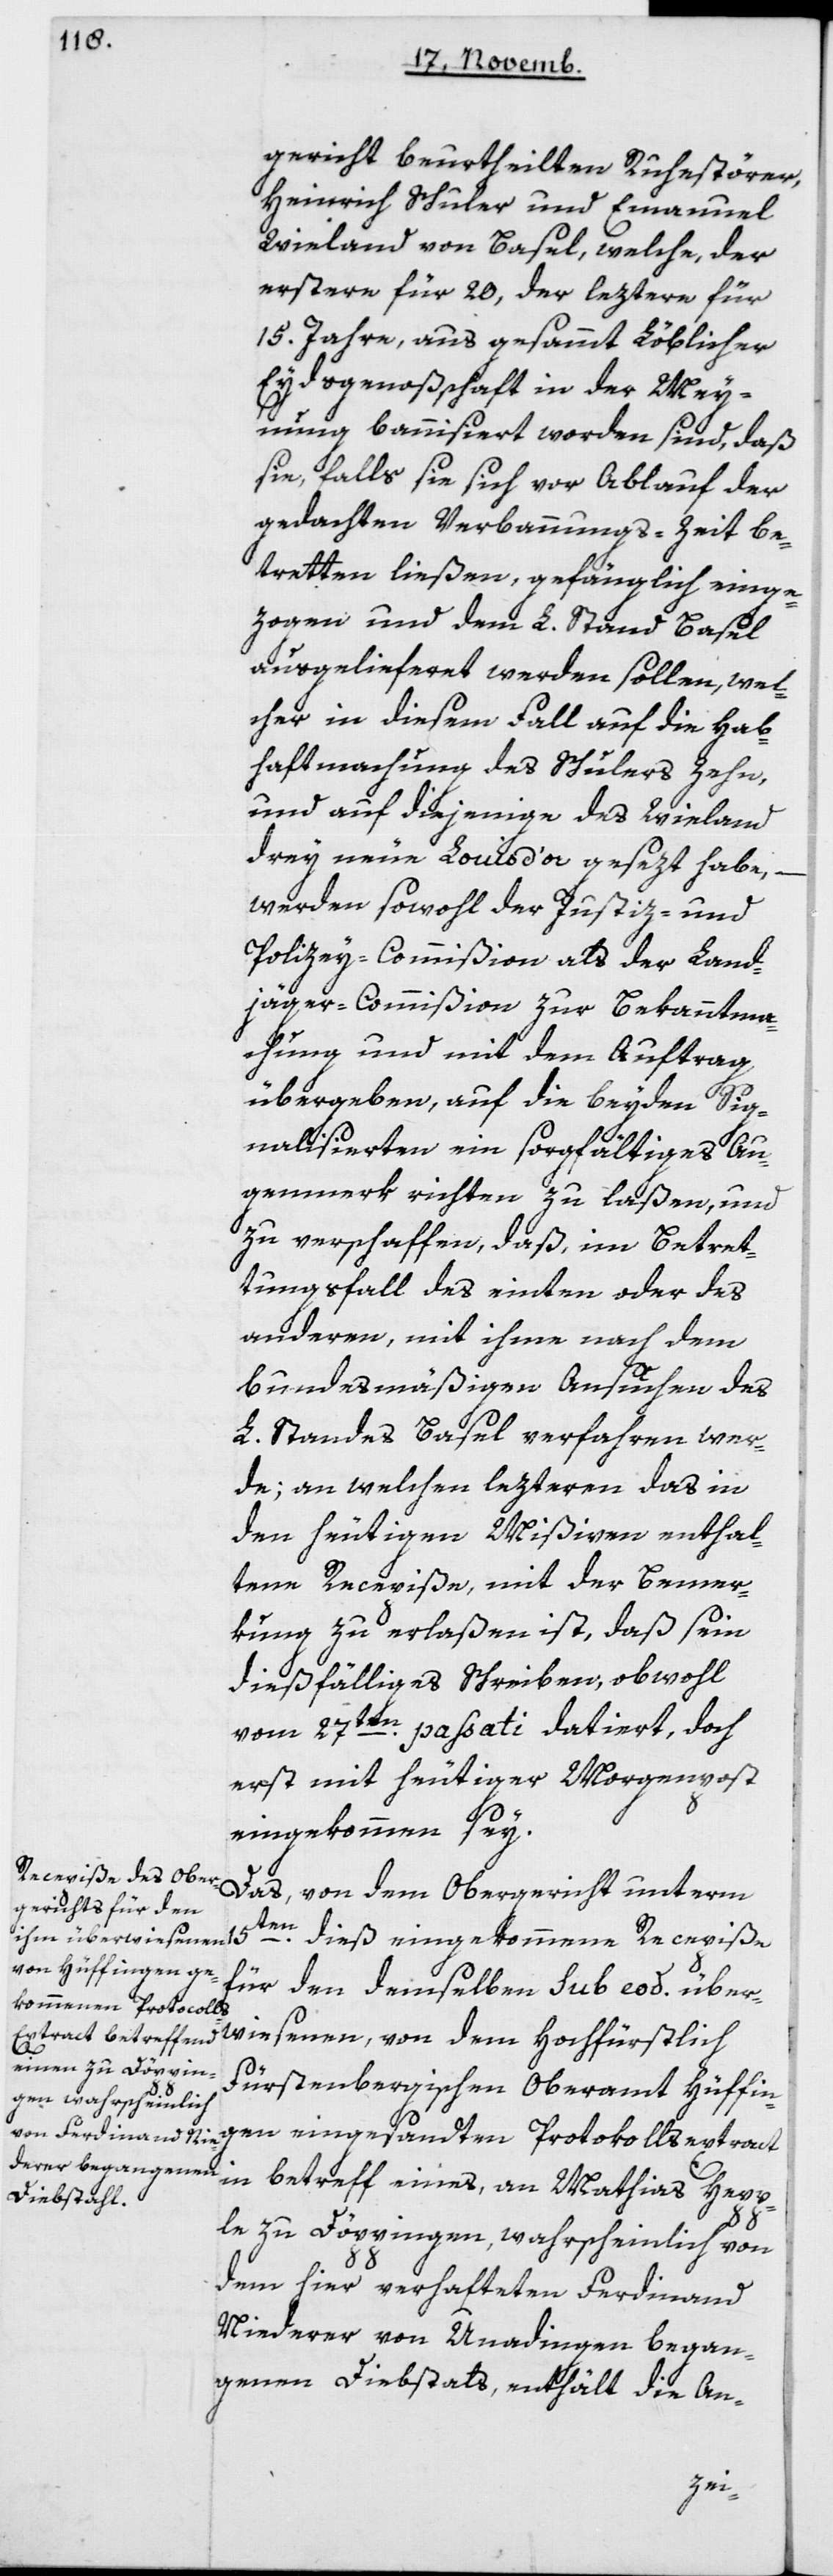
gericht beurtheilten Ruhestörer,
Heinrich Schuler und Emanuel
Wieland von Basel, welche, der
erstere für 20, der leztere für
15 Jahre aus gesammt Löblicher
Eydsgenoßenschaft in der Mey¬
nung bannisiert worden sind, daß
sie, falls sie sich vor Ablauf der
gedachten Verbannungs-Zeit be¬
tretten ließen, gefänglich einge¬
zogen und dem L. Stand Basel
ausgelieferet werden sollen, wel¬
cher in diesem Fall auf die Hab¬
haftmachung des Schulers zehn,
und auf diejenige des Wieland
drey neue Louis d’or gesezt habe,
werden sowohl der Justiz- und
Polizey-Commißion als der Land¬
jäger-Commißion zur Bekanntma¬
chung und mit dem Auftrag
übergeben, auf die beyden Sig¬
nalisierten ein sorgfältiges Au¬
genmerk richten zu laßen und
zu verschaffen, daß im Betre¬
tungsfall des einten oder des
anderen, mit ihme nach dem
bundesmäßigen Ansuchen des
L. Standes Basel verfahren wer¬
de; an welchen lezteren das in
den heutigen Mißiven enthal¬
tene Recepiße, mit der Bemer¬
kung zu erlaßen ist, daß sein
diesfälliges Schreiben, obwohl
vom 27ten pti datiert, doch
erst mit heutiger Morgenpost
eingekommen sey.
Das von dem Obergericht unterm
15ten dieß eingekommene Recepiße
für den demselben sub eod. über¬
wiesenen, von dem Hochfürstlich
gen
Fürstenbergischen Oberamt Hüffin¬
in betreff eines, an Mathias Hepp¬
le zu Döppingen, wahrscheinlich von
dem hier verhafteten Ferdinand
Niederer von Unadingen began¬
genen Diebstals, enthält die An-